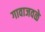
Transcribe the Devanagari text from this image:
गावाजवळे